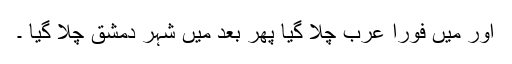
اور میں فوراً عرب چلا گیا پھر بعد میں شہر دمشق چلا گیا ۔